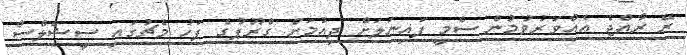
ރޭ ރާއްޖެ އެއްވަރުވުމުން ސެމީ ފައިނަލަށް ދިއުމަށް ގްރޫޕުގެ ފަހު މެޗުގައި ސީޝެލްސް